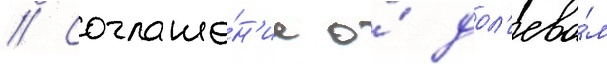
// Соглаше́н'ие о́ дол'ево́м